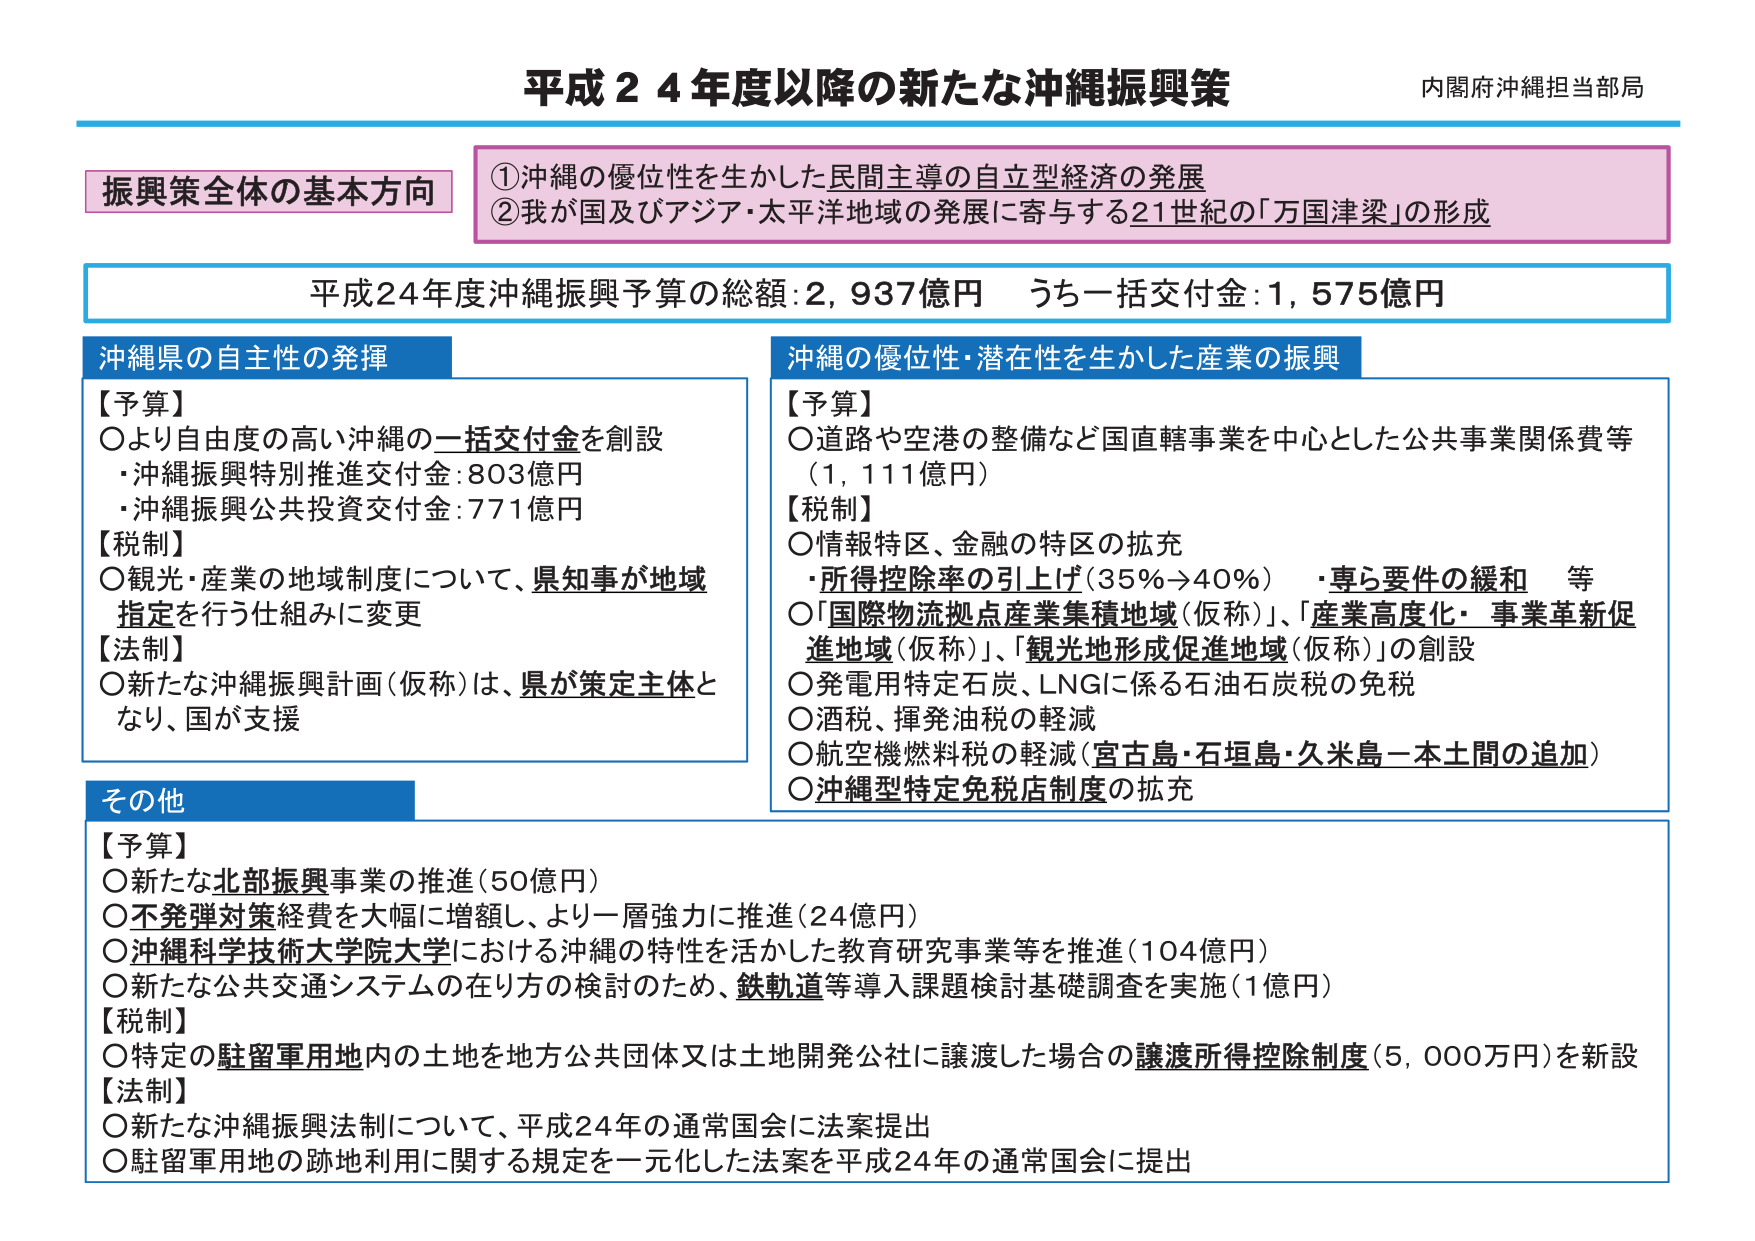
平成２４年度以降の新たな沖縄振興策
内閣府沖縄担当部局

振興策全体の基本方向
①沖縄の優位性を生かした民間主導の自立型経済の発展
②我が国及びアジア・太平洋地域の発展に寄与する21世紀の「万国津梁」の形成

平成24年度沖縄振興予算の総額：2,937億円　うち一括交付金：1,575億円

沖縄県の自主性の発揮
【予算】
○より自由度の高い沖縄の一括交付金を創設
　・沖縄振興特別推進交付金：803億円
　・沖縄振興公共投資交付金：771億円
【税制】
○観光・産業の地域制度について、県知事が地域指定を行う仕組みに変更
【法制】
○新たな沖縄振興計画（仮称）は、県が策定主体となり、国が支援

沖縄の優位性・潜在性を生かした産業の振興
【予算】
○道路や空港の整備など国直轄事業を中心とした公共事業関係費等（1,111億円）
【税制】
○情報特区、金融の特区の拡充
　・所得控除率の引上げ（35％→40％）　・専ら要件の緩和　等
○「国際物流拠点産業集積地域（仮称）」、「産業高度化・事業革新促進地域（仮称）」、「観光地形成促進地域（仮称）」の創設
○発電用特定石炭、LNGに係る石油石炭税の免税
○酒税、揮発油税の軽減
○航空機燃料税の軽減（宮古島・石垣島・久米島－本土間の追加）
○沖縄型特定免税店制度の拡充

その他
【予算】
○新たな北部振興事業の推進（50億円）
○不発弾対策経費を大幅に増額し、より一層強力に推進（24億円）
○沖縄科学技術大学院大学における沖縄の特性を活かした教育研究事業等を推進（104億円）
○新たな公共交通システムの在り方の検討のため、鉄軌道等導入課題検討基礎調査を実施（1億円）
【税制】
○特定の駐留軍用地内の土地を地方公共団体又は土地開発公社に譲渡した場合の譲渡所得控除制度（5,000万円）を新設
【法制】
○新たな沖縄振興法制について、平成24年の通常国会に法案提出
○駐留軍用地の跡地利用に関する規定を一元化した法案を平成24年の通常国会に提出